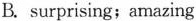
B. surprising; amazing